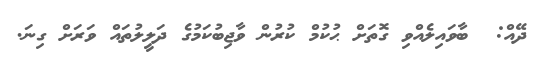
ދޭއް:  ބާވައިލެއްވި ގޮތަށް ޙުކުމް ކުރުން ވާޖިބުކަމުގެ ދަލީލުތައް ވަރަށް ގިނަ.